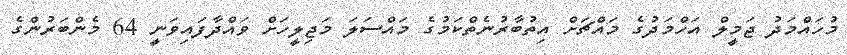
މުހައްމަދު ޖަމީލް އަހްމަދުގެ މައްޗަށް އިތުބާރުނެތްކަމުގެ މައްސަލަ މަޖިލީހަށް ވައްދާފައިވަނީ 64 މެންބަރުންގެ